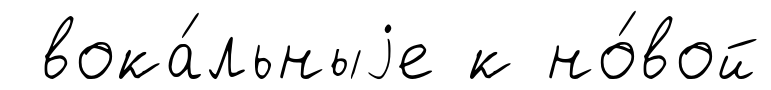
вока́льныjе к но́вой